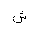
Letter: _shin